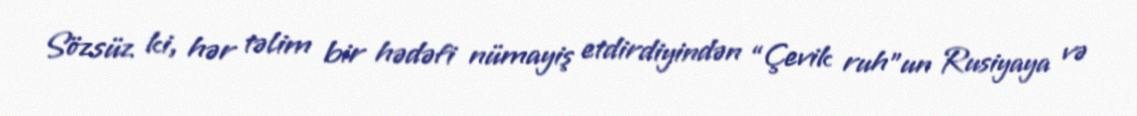
Sözsüz ki, hər təlim bir hədəfi nümayiş etdirdiyindən “Çevik ruh”un Rusiyaya və